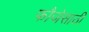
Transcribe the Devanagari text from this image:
फौजेसाठी